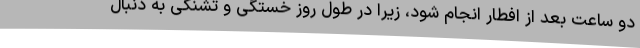
دو ساعت بعد از افطار انجام شود، زیرا در طول روز خستگی و تشنگی به دنبال